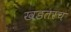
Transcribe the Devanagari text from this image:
खडतरच